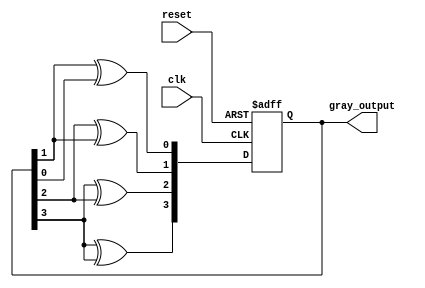
module gray_code_ring_counter (
  input wire clk,
  input wire reset,
  output reg [3:0] gray_output
);

reg [3:0] q_next;
reg [3:0] q_reg = 4'b0001;

always @(posedge clk or posedge reset) begin
  if (reset) begin
    q_reg <= 4'b0001;
  end else begin
    q_reg <= q_next;
  end
end

assign q_next[0] = q_reg[1] ^ q_reg[0];
assign q_next[1] = q_reg[2] ^ q_reg[1];
assign q_next[2] = q_reg[3] ^ q_reg[2];
assign q_next[3] = q_reg[3] ^ q_reg[3];

assign gray_output = q_reg;

endmodule